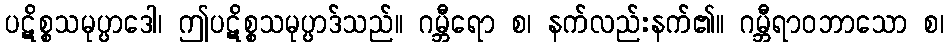
ပဋိစ္စသမုပ္ပာဒေါ၊ ဤပဋိစ္စသမုပ္ပာဒ်သည်။ ဂမ္ဘီရော စ၊ နက်လည်းနက်၏။ ဂမ္ဘီရာဝဘာသော စ၊